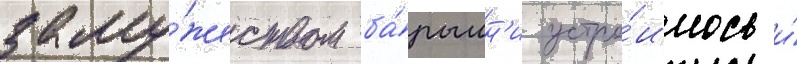
заму́жеством ба́рышн'и устро́илось и́